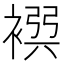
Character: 𧛴